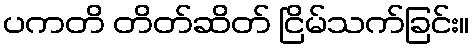
ပကတိ တိတ်ဆိတ် ငြိမ်သက်ခြင်း။